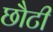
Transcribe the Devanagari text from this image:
छौटी